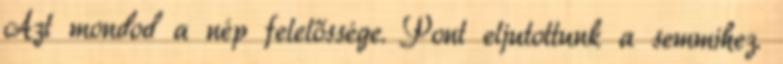
Azt mondod a nép felelőssége. Pont eljutottunk a semmihez.